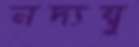
নদ্যম্বু